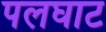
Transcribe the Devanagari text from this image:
पलघाट